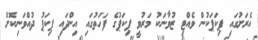
އެރަށުގައި ޕިކަޕަކުން ވެއްޓި ޒުވާނަކު މަރުވީ ޕިކަޕުގެ ފަހަތުގައި އިންދައި ޕިކަޕު ދުއްވަނިކޮށް